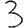
Digit: 3